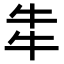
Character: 𤘧